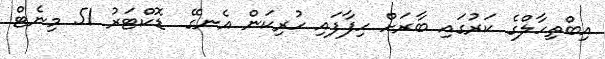
އިބްތިހާލްގެ ކަރުގައި ބާރަށް ހިފާފައި ހުރިކަން އެނގޭ  ޑޮކްޓަރު 51 މިނެޓް